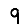
Digit: 9